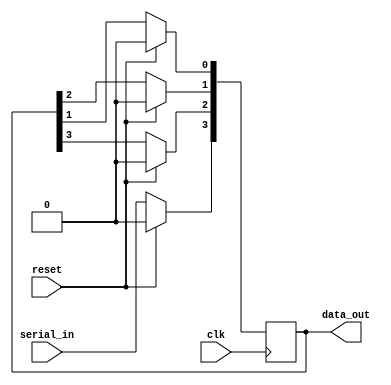
module sipo(

    input wire serial_in, reset, clk,

    output wire[3:0] data_out
    );

    reg[3:0] internal_ff;

    always@(posedge clk)
    begin
        if(reset)
            internal_ff <= 0;
        else
        begin
            internal_ff[3] <= serial_in;
            internal_ff[2] <= internal_ff[3];
            internal_ff[1] <= internal_ff[2];
            internal_ff[0] <= internal_ff[1];
        // or use {serial_in, internal_ff[2:0]}
        end
    end

    assign data_out = internal_ff;
endmodule